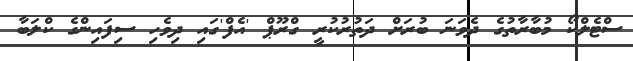
ސްޓެލްކޯ މުބާރާތުގެ ދެވަނަ ބުރަށް ދަތުރުކުރީ ގްރޫޕް 'އެފް'ގައި ދިވެހި ސިފައިންގެ ކްލަބާ